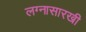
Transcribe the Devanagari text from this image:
लग्नासारखी